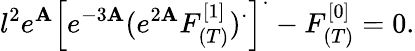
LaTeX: l^{2}e^{\mathbf{A}}\left[e^{-3\mathbf{A}}(e^{2\mathbf{A}}F_{(T)}^{[1]})^{\cdot}\right]^{\cdot}-F_{(T)}^{[0]}=0.